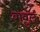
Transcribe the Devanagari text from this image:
बावुल